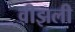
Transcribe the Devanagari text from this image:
वीझली